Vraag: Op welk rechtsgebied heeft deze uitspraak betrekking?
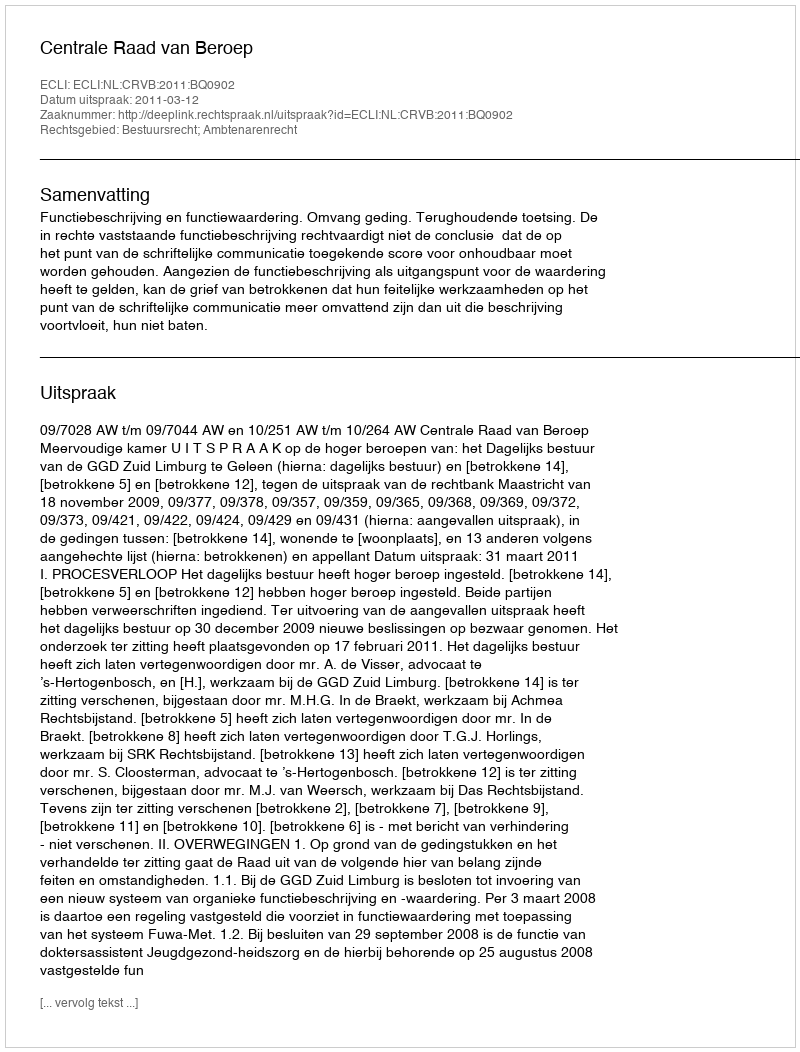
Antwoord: Bestuursrecht; Ambtenarenrecht